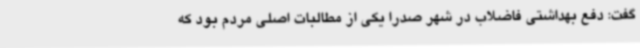
گفت: دفع بهداشتی فاضلاب در شهر صدرا یکی از مطالبات اصلی مردم بود که